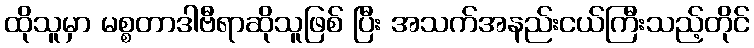
ထိုသူမှာ မစ္စတာဒါဗီရာဆိုသူဖြစ် ပြီး အသက်အနည်းငယ်ကြီးသည့်တိုင်